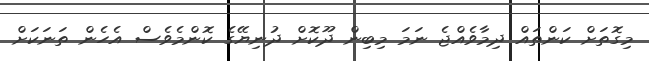
މިގޮތަށް ކަންތައް ދިމާވެއްޖެ ނަމަ މިބިން ދޫކޮށް ދުނިޔޭގެ ކޮންމެވެސް އެހެން ތަނަކަށް